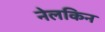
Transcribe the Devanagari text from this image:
नेलकिन